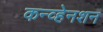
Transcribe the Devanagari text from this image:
कन्व्हेनशन